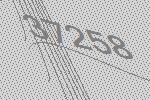
37258